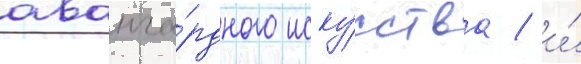
аванга́рдного иску́сства / и́